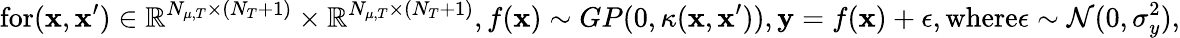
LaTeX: \textrm{for}(\textbf{x},\textbf{x}^{\prime})\in\mathbb{R}^{N_{\mu,T}\times(N_{T}+1)}\times\mathbb{R}^{N_{\mu,T}\times(N_{T}+1)},f(\textbf{x})\sim GP(0,\kappa(\textbf{x},\textbf{x}^{\prime})),\mathbf{y}=f(\textbf{x})+\epsilon,\textrm{where}\epsilon\sim\mathcal{N}(0,\sigma_{y}^{2}),